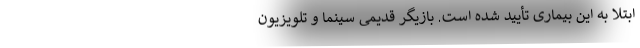
ابتلا به این بیماری تأیید شده است. بازیگر قدیمی سینما و تلویزیون